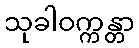
သုခါဝက္ကန္တာ